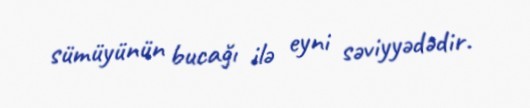
sümüyünün bucağı ilə eyni səviyyədədir.